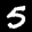
Label: 5